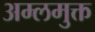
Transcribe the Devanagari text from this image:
अम्लमुक्त